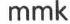
mmk